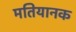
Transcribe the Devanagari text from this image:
मतियानक